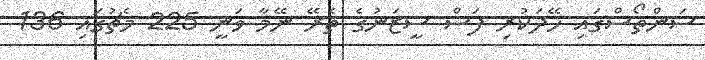
ސަންތޯސްގައި ހޭދަކުރި ފަސް ސީޒަނުގެ ތެރޭ ނޭމާ ވަނީ 225 މެޗުގައި 136